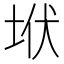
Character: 垘